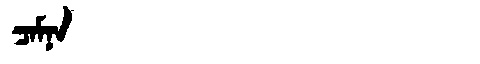
Manchu: ᠴᠠᠮᠨᠠ
Romanization: CAMNA